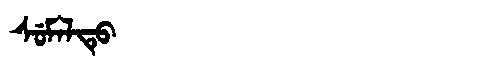
Manchu: ᠰᡠᠮᠠᠯᡨᡠ
Romanization: SUMALTU